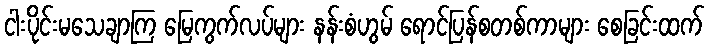
ငါးပိုင်းမသေချာကြ မြေကွက်လပ်များ နန်းစံဟွမ် ရောင်ပြန်စတစ်ကာများ စေခြင်းထက်